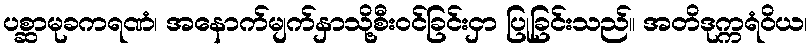
ပစ္ဆာမုခကရဏံ၊ အနောက်မျက်နှာသို့စီးဝင်ခြင်းငှာ ပြုခြင်းသည်။ အတိဒုက္ကရံဝိယ၊